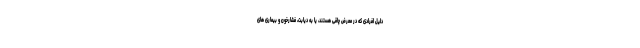
دلیل افرادی که در معرض چاقی هستند، یا به دیابت، فشارخون و بیماری های